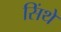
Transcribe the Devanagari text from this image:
सिंथे